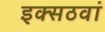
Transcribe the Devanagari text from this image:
इक्सठवां